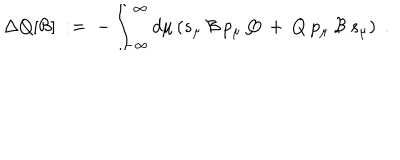
LaTeX: \Delta Q [ { \mathcal { B } } ] \; : = \; - \int _ { - \infty } ^ { \infty } d \mu \left( s _ { \mu } \: { \mathcal { B } } \: p _ { \mu } \: Q \: + \: Q \: p _ { \mu } \: { \mathcal { B } } \: s _ { \mu } \right) \; .